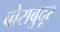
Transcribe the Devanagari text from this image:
बोराबुदूर